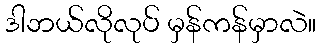
ဒါဘယ်လိုလုပ် မှန်ကန်မှာလဲ။